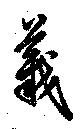
義